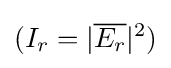
(I_{r}=|{\overline {E_{r}}}|^{2})